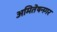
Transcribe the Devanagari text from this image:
अमितेषनगर